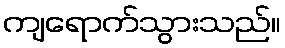
ကျရောက်သွားသည်။